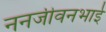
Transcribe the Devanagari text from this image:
ननजीवनभाई